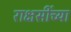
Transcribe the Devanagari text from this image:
राक्षसींच्या